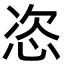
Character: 恣